Vaccination report Assam 1896-1927 - 1896-1927
Year: 1896
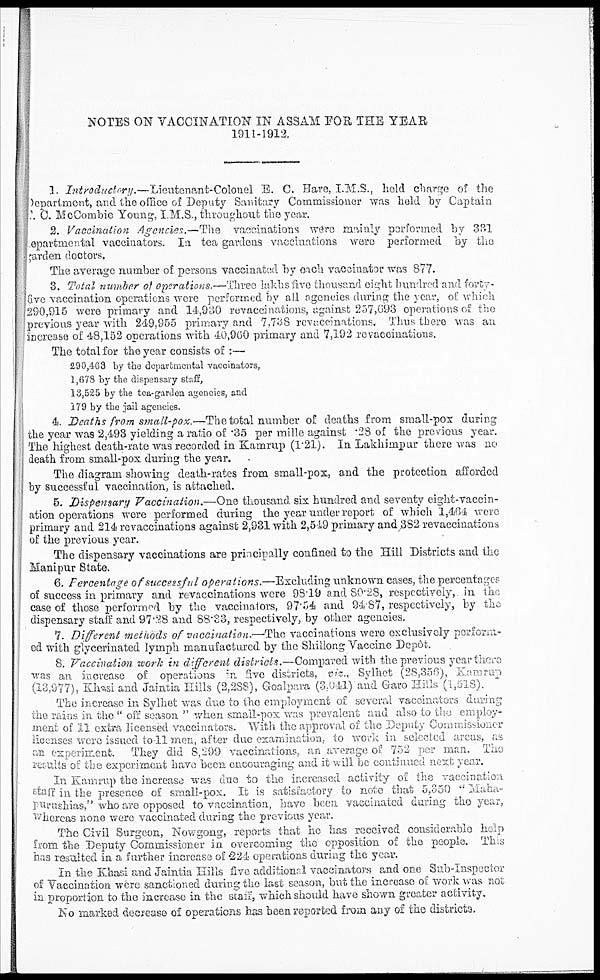
NOTES ON VACCINATION IN ASSAM FOR THE YEAR
1911-1912.
1. Introductory.—Lieutenant-Colonel
E. C. Hare, I.M.S., held charge of the
Department, and the office of Deputy Sanitary Commissioner was held by Captain
C. McCombie Young, I. M.S., throughout the year.
2. Vaccination Agencies.—The vaccinations were mainly performed by 331
epartmental vaccinators. In tea gardens vaccinations were performed by the
garden doctors.
The average number of persons vaccinated by each vaccinator was 877.
3. Total number of operations.—Three lakhs five thousand eight hundred and forty¬
five vaccination operations were performed by all agencies during the year, of which
290,915 were primary and 14,930 revaccinations, against 257,693 operations of the
previous year with 249,955 primary and 7,738 revaccinations. Thus there was an
increase of 48,152 operations with 40,960 primary and 7,192 revaccinations.
The total for the year consists of :—
290,468 by the departmental vaccinators,
1,678 by the dispensary staff,
13,525 by the tea-garden agencies, and
179 by the jail agencies.
4. Deaths from small-pox.—The total number of deaths from small-pox during
the year was 2,493 yielding a ratio of .35 per mille against .28 of the previous year.
The highest death-rate was recorded in Kamrup (1.21). In Lakhimpur there was no
death from small-pox during the year.
The diagram showing death-rates from small-pox, and the protection afforded
by successful vaccination, is attached.
5. Dispensary Vaccination.—One thousand six hundred and seventy eight-vaccin-
ation operations wore performed during the year under report of which 1,464 were
primary and 214 revaccinations against 2,931 with 2,549 primary and 382 revaccinations
of the previous year.
The dispensary vaccinations are principally confined to the Hill Districts and the
Manipur State.
6. Percentage of successful operations.—Excluding unknown cases, the percentages
of success in primary and revaccinations were 98.19 and 80.28, respectively, in the
case of those performed by the vaccinators, 97.54 and 94.87, respectively, by the
dispensary staff and 97.28 and 88.33, respectively, by other agencies.
7. Different methods of vaccination.—The vaccinations were exclusively perform-
ed with glycerinated lymph manufactured by the Shillong Vaccine Depôt.
8. Vaccination work in different districts.—Compared with the previous year there
was an increase of operations in five districts, viz., Sylhet (28,356), Kamrup
(13,977), Khasi and Jaintia Hills (2,288), Goalpara (3,041) and Garo Hills (1,518).
The increase in Sylhet was due to the employment of several vaccinators during
the rains in the " off season " when small-pox was prevalent and also to the employ-
ment of 11 extra licensed vaccinators. With the approval of the Deputy Commissioner
licenses were issued to 11 men, after due examination, to work in selected areas, as
an experiment. They did 8,299 vaccinations, an average of 752 per man. The
results of the experiment have been encouraging and it will be continued next year.
In Kamrup the increase was due to the increased activity of the vaccination
staff in the presence of small-pox. It is satisfactory to note that 5,350 " Maha¬
purushias," who are opposed to vaccination, have been vaccinated during the year,
whereas none were vaccinated during the previous year.
The Civil Surgeon, Nowgong, reports that he has received considerable help
from the Deputy Commissioner in overcoming the opposition of the people. This
has resulted in a further increase of 224 operations during the year.
In the Khasi and Jaintia Hills five additional vaccinators and one Sub-Inspector
of Vaccination were sanctioned during the last season, but the increase of work was not
in proportion to the increase in the staff, which should have shown greater activity.
No marked decrease of operations has been reported from any of the districts.